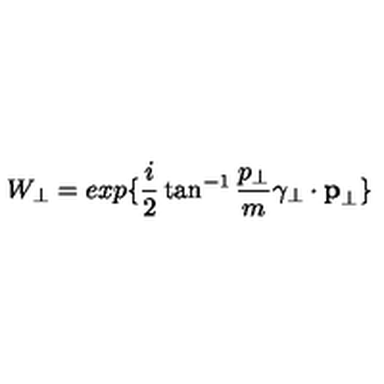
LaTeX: W _ { \perp } = e x p \{ \frac { i } { 2 } \tan ^ { - 1 } \frac { p _ { \perp } } { m } \mathrm { \boldmath \gamma } _ { \perp } \cdot { \bf p } _ { \perp } \}